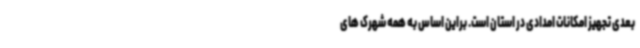
بعدی تجهیز امکانات امدادی در استان است. براین اساس به همه شهرک های